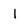
Character: 1